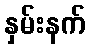
နှမ်းနက်